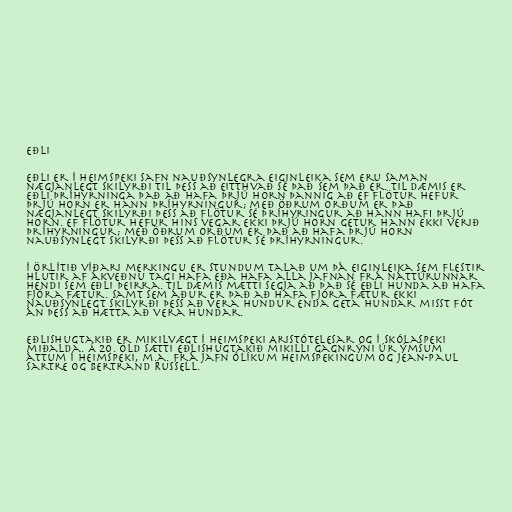
Eðli

Eðli er í heimspeki safn nauðsynlegra eiginleika sem eru saman
nægjanlegt skilyrði til þess að eitthvað sé það sem það er. Til dæmis er
eðli þríhyrninga það að hafa þrjú horn þannig að ef flötur hefur
þrjú horn er hann þríhyrningur; með öðrum orðum er það
nægjanlegt skilyrði þess að flötur sé þríhyringur að hann hafi þrjú
horn. Ef flötur hefur hins vegar ekki þrjú horn getur hann ekki verið
þríhyrningur; með öðrum orðum er það að hafa þrjú horn
nauðsynlegt skilyrði þess að flötur sé þríhyrningur.

Í örlítið víðari merkingu er stundum talað um þá eiginleika sem flestir
hlutir af ákveðnu tagi hafa eða hafa alla jafnan frá náttúrunnar
hendi sem eðli þeirra. Til dæmis mætti segja að það sé eðli hunda að hafa
fjóra fætur. Samt sem áður er það að hafa fjóra fætur ekki
nauðsynlegt skilyrði þess að vera hundur enda geta hundar misst fót
án þess að hætta að vera hundar.

Eðlishugtakið er mikilvægt í heimspeki Aristótelesar og í skólaspeki
miðalda. Á 20. öld sætti eðlishugtakið mikilli gagnrýni úr ýmsum
áttum í heimspeki, m.a. frá jafn ólíkum heimspekingum og Jean-Paul
Sartre og Bertrand Russell.